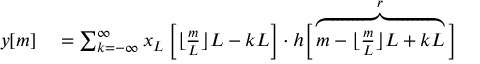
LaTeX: \begin{array} { r l } { y [ m ] } & { { } = \sum _ { k = - \infty } ^ { \infty } x _ { L } \left[ { \bigl \lfloor } { \frac { m } { L } } { \bigr \rfloor } L - k L \right] \cdot h { \Bigl [ } \overbrace { m - { \bigl \lfloor } { \frac { m } { L } } { \bigr \rfloor } L + k L } ^ { r } { \Bigr ] } } \end{array}